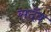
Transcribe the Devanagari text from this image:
सदॅव